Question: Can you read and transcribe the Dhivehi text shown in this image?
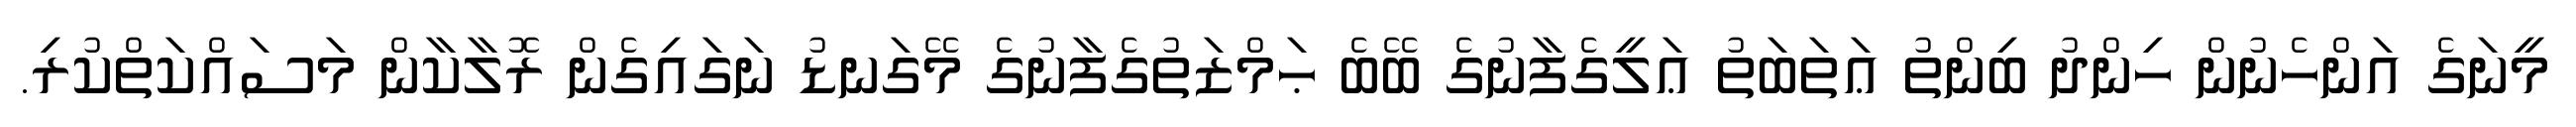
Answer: މީނަގެ އަންހެނުން ހިންދު ބިންތު ޢަތަބަތު ޢަލީގެފާނުގެ ބޭބެ ޙަމްޒަތުގެފާނުގެ މޭގަނޑު ނަގައިގެން ރޮލާކާން މަސައްކަތްކުރި.